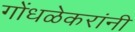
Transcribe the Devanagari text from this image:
गोंधळेकरांनी